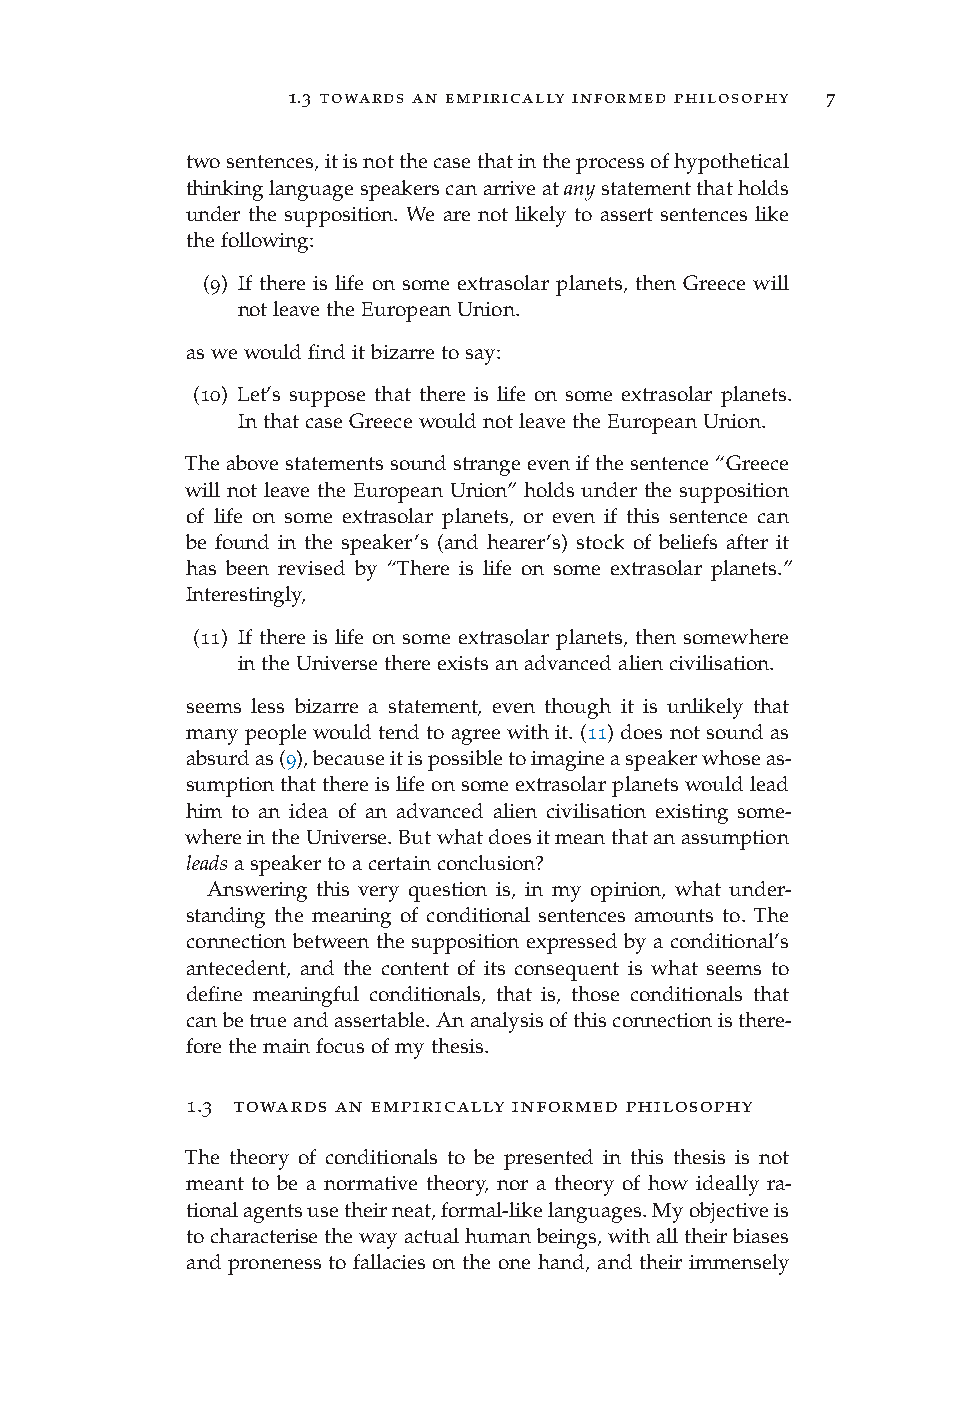
1.3 towards an empirically informed philosophy 7
 twosentences,itisnotthecasethatintheprocessofhypothetical
 thinkinglanguagespeakerscanarriveatanystatementthatholds
 under the supposition. We are not likely to assert sentences like
 thefollowing:
 (9) If there is life on some extrasolar planets, then Greece will
 notleavetheEuropeanUnion.
 aswewouldfinditbizarretosay:
 (10) Let’s suppose that there is life on some extrasolar planets.
 InthatcaseGreecewouldnotleavetheEuropeanUnion.
 Theabovestatementssoundstrangeevenifthesentence“Greece
 will not leave the European Union” holds under the supposition
 of life on some extrasolar planets, or even if this sentence can
 be found in the speaker’s (and hearer’s) stock of beliefs after it
 has been revised by “There is life on some extrasolar planets.”
 Interestingly,
 (11) If there is life on some extrasolar planets, then somewhere
 intheUniversethereexistsanadvancedaliencivilisation.
 seems less bizarre a statement, even though it is unlikely that
 manypeople wouldtendtoagreewith it.(11)doesnot soundas
 absurdas(9),becauseitispossibletoimagineaspeakerwhoseas-
 sumptionthatthereislifeonsomeextrasolarplanetswouldlead
 him to an idea of an advanced alien civilisation existing some-
 whereintheUniverse.Butwhatdoesitmeanthatanassumption
 leadsaspeakertoacertainconclusion?
 Answering this very question is, in my opinion, what under-
 standing the meaning of conditional sentences amounts to. The
 connection between the supposition expressed by a conditional’s
 antecedent, and the content of its consequent is what seems to
 define meaningful conditionals, that is, those conditionals that
 canbetrueandassertable.Ananalysisofthisconnectionisthere-
 forethemainfocusofmythesis.
 1.3 towards an empirically informed philosophy
 The theory of conditionals to be presented in this thesis is not
 meant to be a normative theory, nor a theory of how ideally ra-
 tionalagentsusetheirneat,formal-likelanguages.Myobjectiveis
 tocharacterisethewayactualhumanbeings,withalltheirbiases
 and proneness to fallacies on the one hand, and their immensely